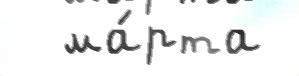
  ма́рта